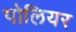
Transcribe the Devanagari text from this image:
पोलियर